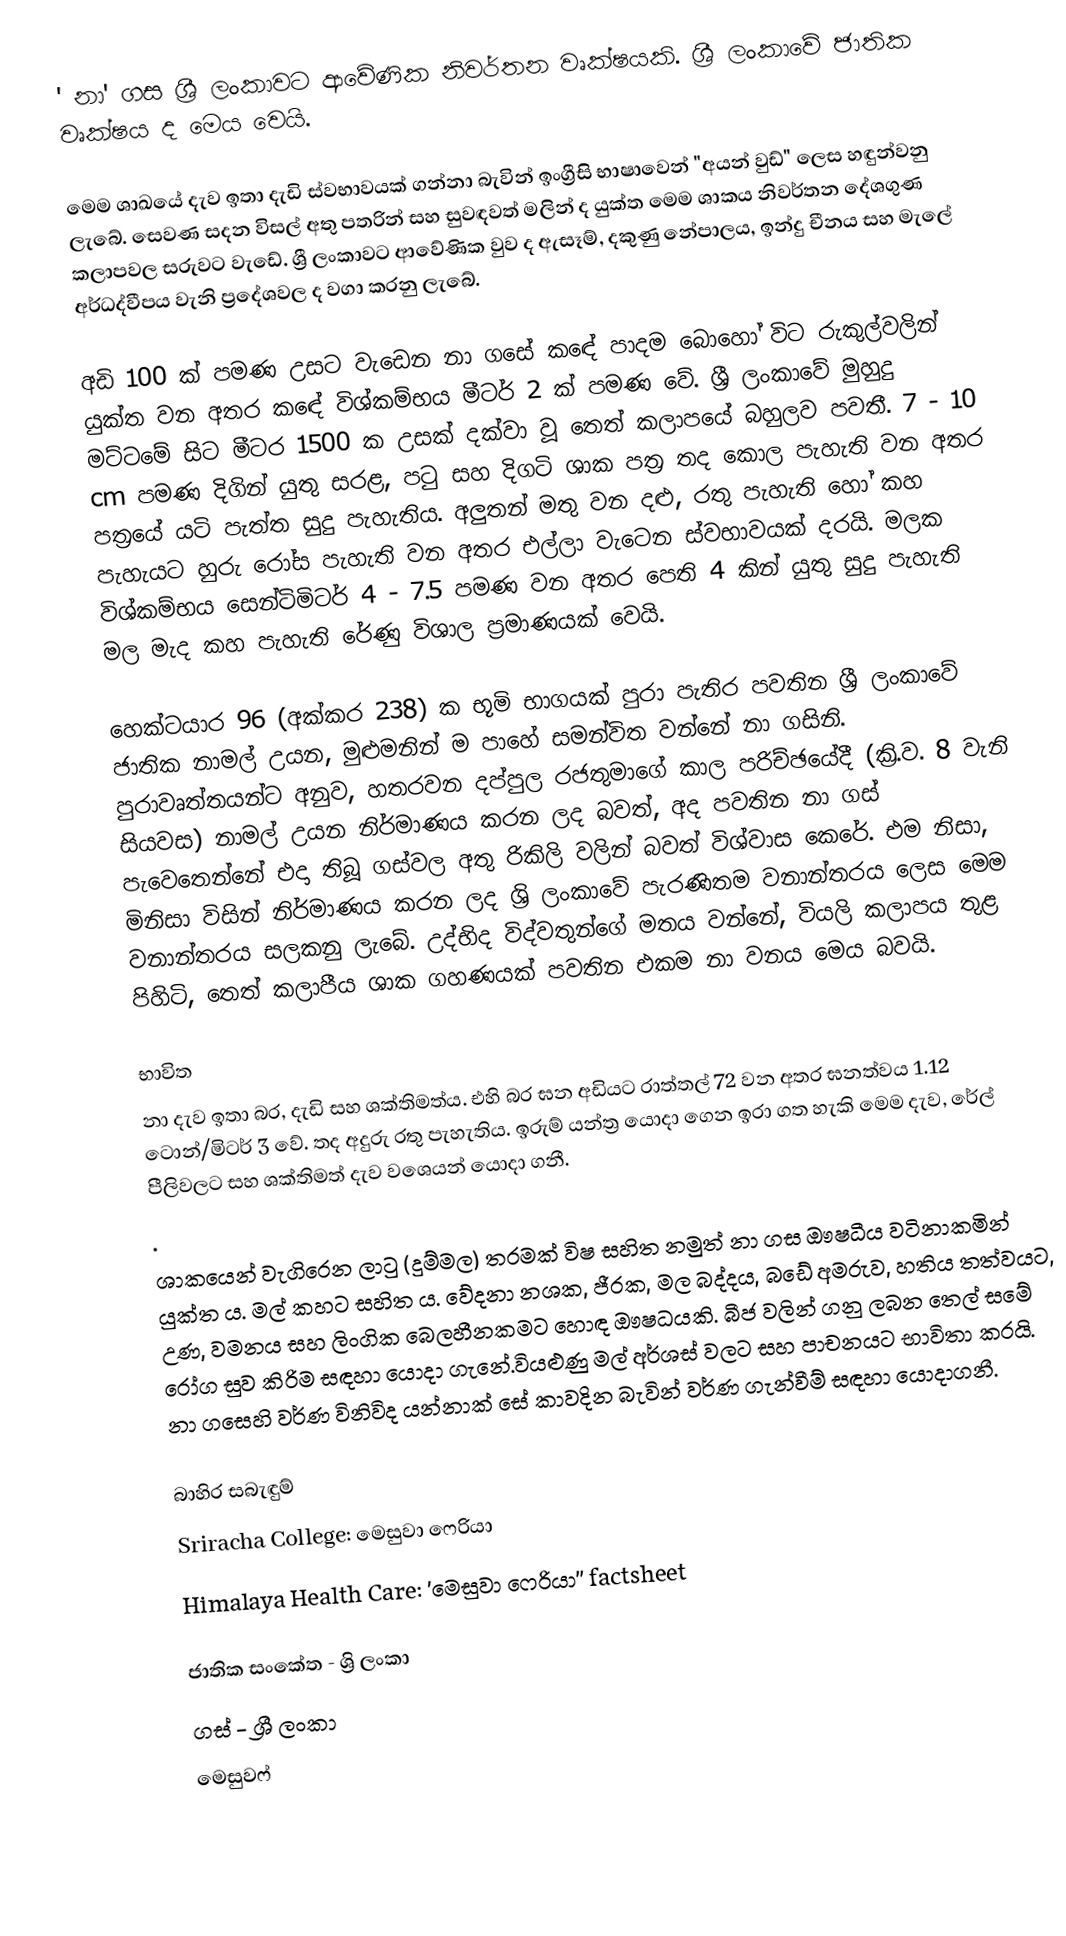
' නා' ගස ශ්‍රී ලංකාවට ආවේණික නිවර්තන වෘක්ෂයකි. ශ්‍රී ලංකාවේ ජාතික වෘක්ෂය ද මෙය වෙයි.

මෙම ශාඛයේ දැව ඉතා දැඩි ස්වභාවයක් ගන්නා බැවින් ඉංග්‍රීසි භාෂාවෙන් "අයන් වුඩ්" ලෙස හඳුන්වනු ලැබේ.  සෙවණ සදන විසල් අතු පතරින් සහ සුවඳවත් මලින් ද යුක්ත මෙම ශාකය නිවර්තන දේශගුණ කලාපවල සරුවට වැඩේ. ශ්‍රී ලංකාවට ආවේණික වුව ද ඇසෑම්, දකුණු නේපාලය, ඉන්දු චීනය සහ මැලේ අර්ධද්වීපය වැනි ප්‍රදේශවල ද වගා කරනු ලැබේ.

අඩි 100 ක් පමණ උසට වැඩෙන නා ගසේ කඳේ පාදම බොහෝ විට රුකුල්වලින් යුක්ත වන අතර කඳේ විශ්කම්භය මීටර් 2 ක් පමණ වේ. ශ්‍රී ලංකාවේ මුහුදු මට්ටමේ සිට මීටර 1500 ක උසක් දක්වා වූ තෙත් කලාපයේ බහුලව පවතී. 7 - 10 cm පමණ දිගින් යුතු සරළ, පටු සහ දිගටි ශාක පත්‍ර  තද කොල පැහැති වන අතර පත්‍රයේ යටි පැත්ත සුදු පැහැතිය. අලුතන් මතු වන දළු, රතු පැහැති හෝ කහ පැහැයට හුරු රෝස පැහැති වන අතර එල්ලා වැටෙන ස්වභාවයක් දරයි. මලක විශ්කම්භය සෙන්ටිමිටර් 4 - 7.5 පමණ වන අතර පෙති 4 කින් යුතු සුදු පැහැති මල මැද කහ පැහැති රේණු විශාල ප්‍රමාණයක් වෙයි.

හෙක්ටයාර 96 (අක්කර 238) ක භූමි භාගයක් පුරා පැතිර පවතින ශ්‍රී ලංකාවේ ජාතික නාමල් උයන, මුළුමනින් ම පාහේ සමන්විත වන්නේ නා ගසිනි. පුරාවෘත්තයන්ට අනුව, හතරවන දප්පුල රජතුමාගේ කාල පරිච්ඡයේදී (ක්‍රි.ව. 8 වැනි සියවස) නාමල් උයන නිර්මාණය කරන ලද බවත්, අද පවතින නා ගස් පැවෙතෙන්නේ එදා තිබූ ගස්වල අතු රිකිලි වලින් බවත් විශ්වාස කෙරේ. එම නිසා, මිනිසා විසින් නිර්මාණය කරන ලද ශ්‍රි ලංකාවේ පැරණිතම වනාන්තරය ලෙස මෙම වනාන්තරය සලකනු ලැබේ. උද්භිද විද්වතුන්ගේ මතය වන්නේ, වියලි කලාපය තුළ පිහිටි, තෙත් කලාපීය ශාක ගහණයක් පවතින එකම නා වනය මෙය බවයි.

භාවිත
 නා දැව ඉතා බර, දැඩි සහ ශක්තිමත්ය. එහි බර ඝන අඩියට රාත්තල් 72 වන අතර ඝනත්වය 1.12 ටොන්/මිටර් 3 වේ. තද අදුරු රතු පැහැතිය. ඉරුම් යන්ත්‍ර යොදා ගෙන ඉරා ගත හැකි මෙම දැව, රේල් පීලිවලට සහ ශක්තිමත් දැව වශෙයන් යොදා ගනී.
.
 ශාකයෙන් වැගිරෙන ලාටු (දුම්මල) තරමක් විෂ සහිත නමුත් නා ගස ඖෂධීය වටිනාකමින් යුක්ත ය. මල් කහට සහිත ය. වේදනා නශක, ජීරක, මල බද්දය, බඩේ අමරුව, හතිය තත්වයට, උණ, වමනය සහ ලිංගික බෙලහීනකමට හොඳ ඖෂධයකි. බීජ වලින් ගනු ලබන තෙල් සමේ රෝග සුව කිරිම සඳහා යොදා ගැනේ.වියළුණු මල් අර්ශස් වලට සහ පාචනයට භාවිතා කරයි. නා ගසෙහි වර්ණ විනිවිද යන්නාක් සේ කාවදින බැවින් වර්ණ ගැන්වීම් සඳහා යොදාගනී.

බාහිර සබැඳුම්
 Sriracha College: මෙසුවා ෆෙරියා
 Himalaya Health Care: 'මෙසුවා ෆෙරියා'' factsheet

ජාතික සංකේත - ශ්‍රි ලංකා
ගස් - ශ්‍රී ලංකා
මෙසුවෆ්